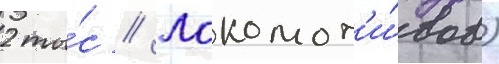
2 ты́с // Локомот'и́вов)